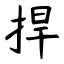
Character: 捍